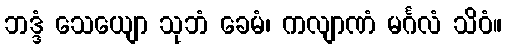
ဘဒ္ဒံ သေယျော သုဘံ ခေမံ၊ ကလျာဏံ မင်္ဂလံ သိဝံ။